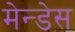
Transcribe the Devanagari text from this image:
मेन्डेस